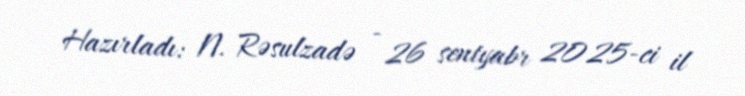
Hazırladı: N. Rəsulzadə - 26 sentyabr 2025-ci il